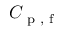
C _ { \textup { p , f } }